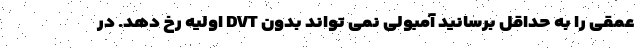
عمقی را به حداقل برسانید آمبولی نمی تواند بدون DVT اولیه رخ دهد. در